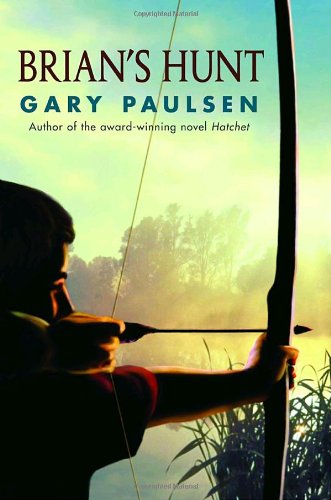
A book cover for Brian's Hunt; Gary Paulsen; Teen & Young Adult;